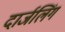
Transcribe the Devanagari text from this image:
दार्जलिंग